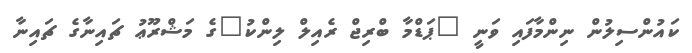
ކައުންސިލުން ނިންމާފައި ވަނީ "ޕަޑްމާ ބްރިޖް ރެއިލް ލިންކު"ގެ މަޝްރޫޢު ޗައިނާގެ ޗައިނާ